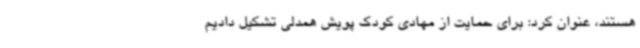
هستند، عنوان کرد: برای حمایت از مهادی کودک پویش همدلی تشکیل دادیم